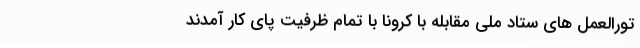
تورالعمل های ستاد ملی مقابله با کرونا با تمام ظرفیت پای کار آمدند